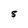
Character: S